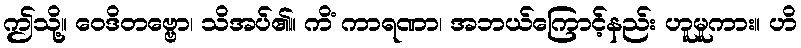
ဤသို့။ ဝေဒိတဗ္ဗော၊ သိအပ်၏။ ကိံ ကာရဏာ၊ အဘယ်ကြောင့်နည်း ဟူမူကား။ ဟိ